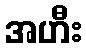
အဟီး